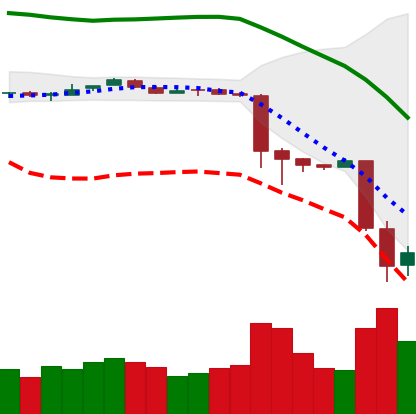
Ticker: BTC-USD
Chart end date: 2018-11-21
Forward return: -17.884%
Label: down_7plus